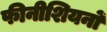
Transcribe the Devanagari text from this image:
फीनीशियनों